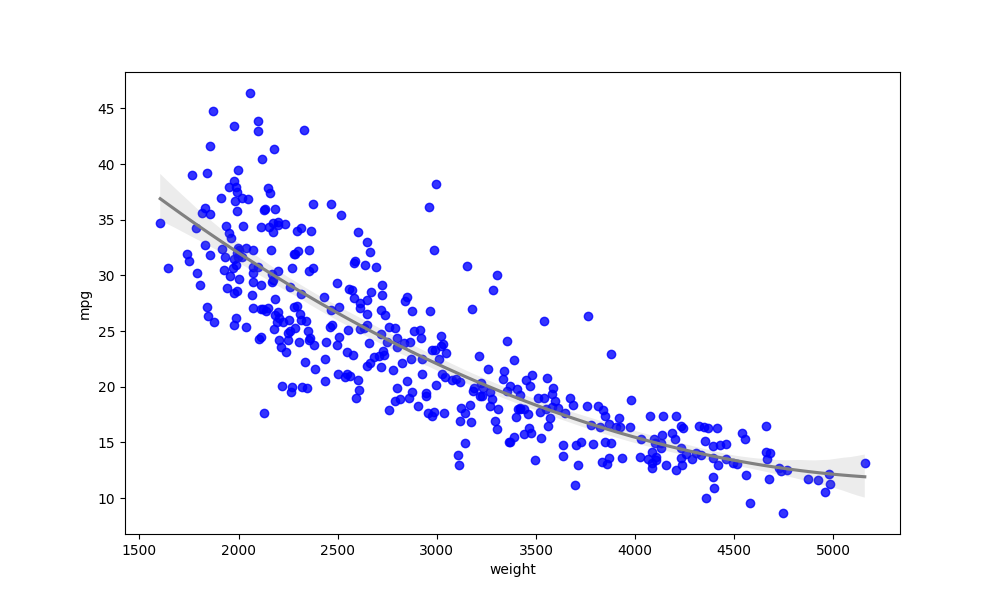
python, seaborn, regplot, order=3, ci=95, scatter_color=blue, line_color=gray